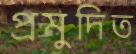
প্রমুদিত